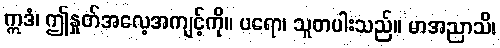
ဣဒံ၊ ဤနှုတ်အလေ့အကျင့်ကို။ ပရော၊ သူတပါးသည်။ မာအညာသိ၊